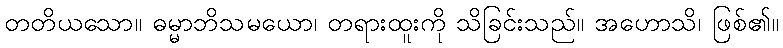
တတိယသော။ ဓမ္မာဘိသမယော၊ တရားထူးကို သိခြင်းသည်။ အဟောသိ၊ ဖြစ်၏။